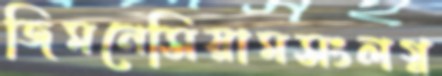
জিমনেসিয়ামসংলগ্ন